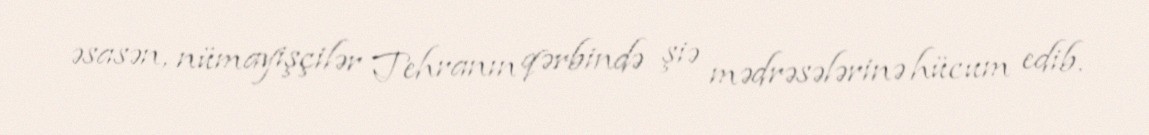
əsasən, nümayişçilər Tehranın qərbində şiə mədrəsələrinə hücum edib.